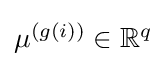
{\textstyle \mu ^{(g(i))}\in \mathbb {R} ^{q}}